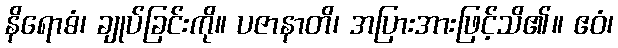
နိရောဓံ၊ ချုပ်ခြင်းကို။ ပဇာနာတိ၊ အပြားအားဖြင့်သိ၏။ ဧဝံ၊